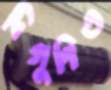
দ্বিগুণিত